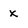
Character: x